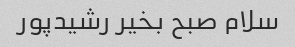
سلام صبح بخیر رشیدپور